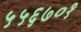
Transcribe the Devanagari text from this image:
५५६७०१